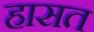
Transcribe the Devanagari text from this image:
हासत